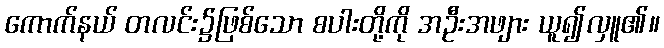
ကောက်နယ် တလင်း၌ဖြစ်သော စပါးတို့ကို အဦးအဖျား ယူ၍လှူ၏။